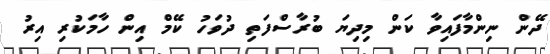
ދޭން ނިންމާފައިވާ ކަން މިދިޔަ ބުރާސްފަތި ދުވަހު ކޭމް އިން ހާމަކުރި އިރު